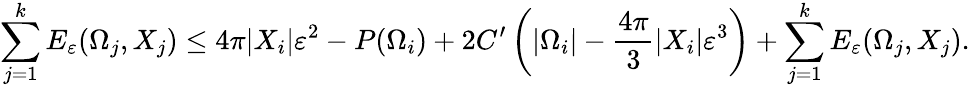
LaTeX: \sum_{j=1}^{k}E_{\varepsilon}(\Omega_{j},X_{j})\leq 4\pi|X_{i}|\varepsilon^{2}-P(\Omega_{i})+2C^{\prime}\left(|\Omega_{i}|-\frac{4\pi}{3}|X_{i}|\varepsilon^{3}\right)+\sum_{j=1}^{k}E_{\varepsilon}(\Omega_{j},X_{j}).